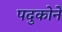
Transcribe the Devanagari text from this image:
पदुकोने